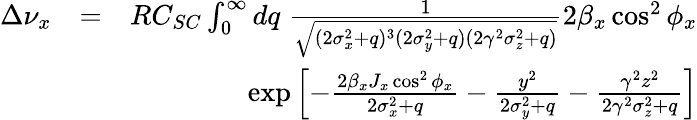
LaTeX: \begin{array}{rlr}{\Delta\nu_{x}}&{=}&{RC_{SC}\int_{0}^{\infty}dq\; \frac{1}{\sqrt{(2\sigma_{x}^{2}+q)^{3}(2\sigma_{y}^{2}+q)(2\gamma^{2}\sigma_{z}^{2}+q)}}2\beta_{x}\cos^{2}\phi_{x}}\\ &{}&{\exp\left[-\frac{2\beta_{x}J_{x}\cos^{2}\phi_{x}}{2\sigma_{x}^{2}+q}-\frac{y^{2}}{2\sigma_{y}^{2}+q}-\frac{\gamma^{2}z^{2}}{2\gamma^{2}\sigma_{z}^{2}+q}\right]}\end{array}